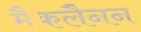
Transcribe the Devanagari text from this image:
मैकलैनन